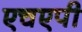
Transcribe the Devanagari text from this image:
एचएपी